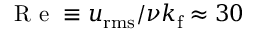
\mathrm { ~ R ~ e ~ } \equiv u _ { \mathrm { r m s } } / \nu k _ { \mathrm { f } } \approx 3 0